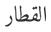
القطار